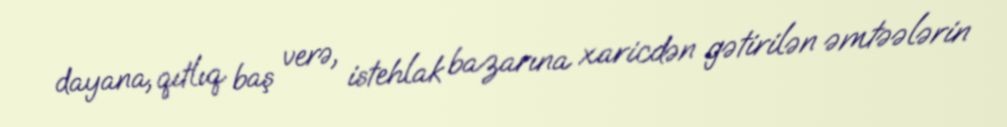
dayana, qıtlıq baş verə, istehlak bazarına xaricdən gətirilən əmtəələrin